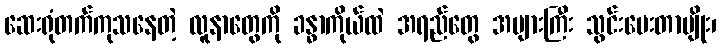
ဆေးရုံတက်ကုသနေတဲ့ လူနာတွေကို ခန္ဓာကိုယ်ထဲ အရည်တွေ အများကြီး သွင်းပေးတာမျိုး၊